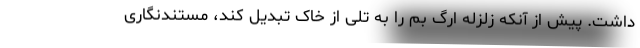
داشت. پیش از آنکه زلزله ارگ بم را به تلی از خاک تبدیل کند، مستندنگاری